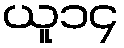
ယူ၁၄